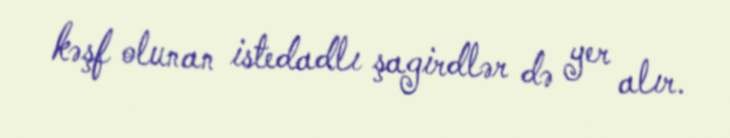
kəşf olunan istedadlı şagirdlər də yer alır.